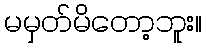
မမှတ်မိတော့ဘူး။